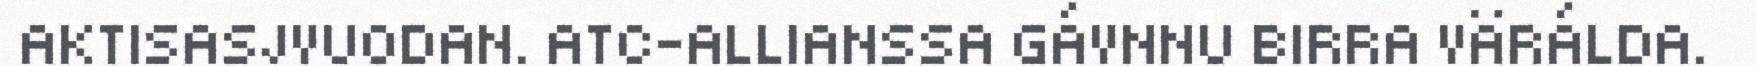
AKTISASJVUODAN. ATC-ALLIANSSA GÁVNNU BIRRA VÄRÁLDA.